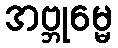
အဗ္ဘုမ္မေ